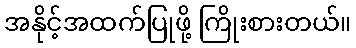
အနိုင့်အထက်ပြုဖို့ ကြိုးစားတယ်။